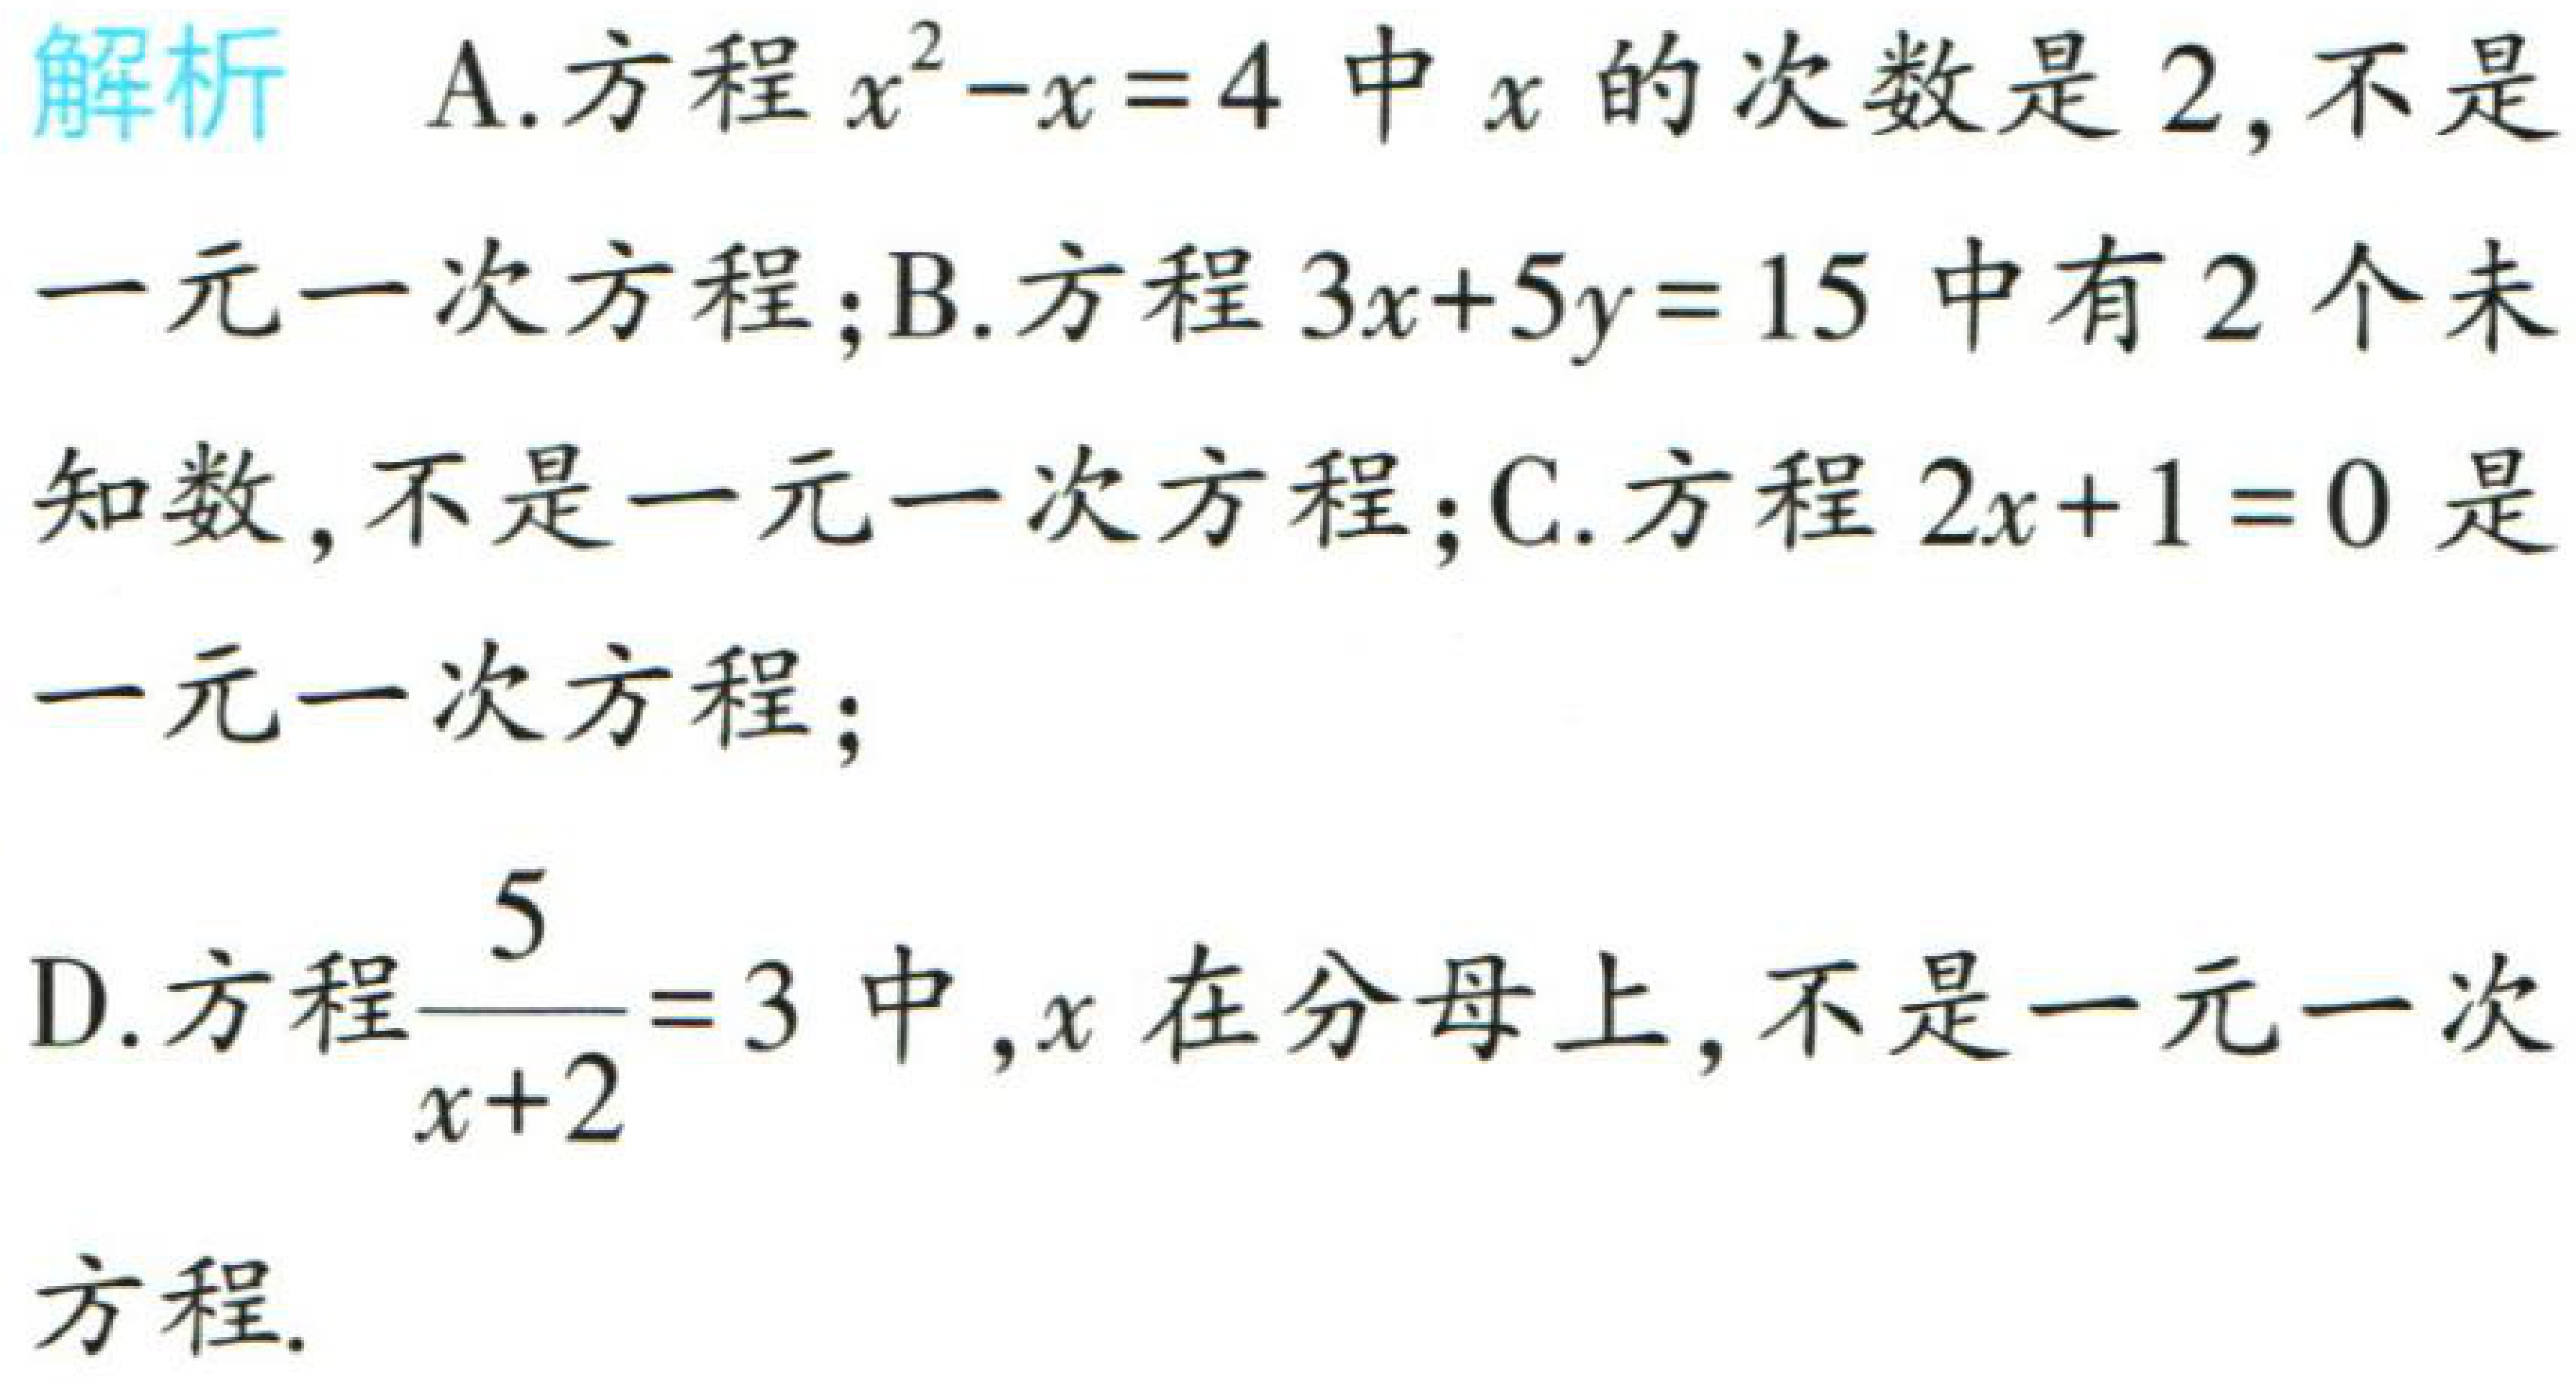
解析 A.方程\(x^{2}-x = 4\)中\(x\)的次数是\(2\),不是

一元一次方程;B.方程\(3x + 5y = 15\)中有\(2\)个未

知数,不是一元一次方程;C.方程\(2x + 1 = 0\)是

一元一次方程;

D.方程\(\frac{5}{x + 2}=3\)中,\(x\)在分母上,不是一元一次

方程.